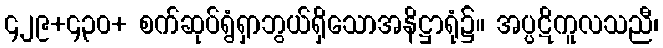
၄၂၉+၄၃၀+ စက်ဆုပ်ရွံရှာဘွယ်ရှိသောအနိဋ္ဌာရုံ၌။ အပ္ပဋိကူလသညီ၊